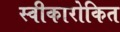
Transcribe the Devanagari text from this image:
स्वीकारोकित